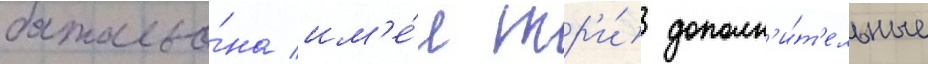
батальо́на им'е́л тр'и́ дополн'и́т'ельные